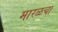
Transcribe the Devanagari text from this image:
मारळचा